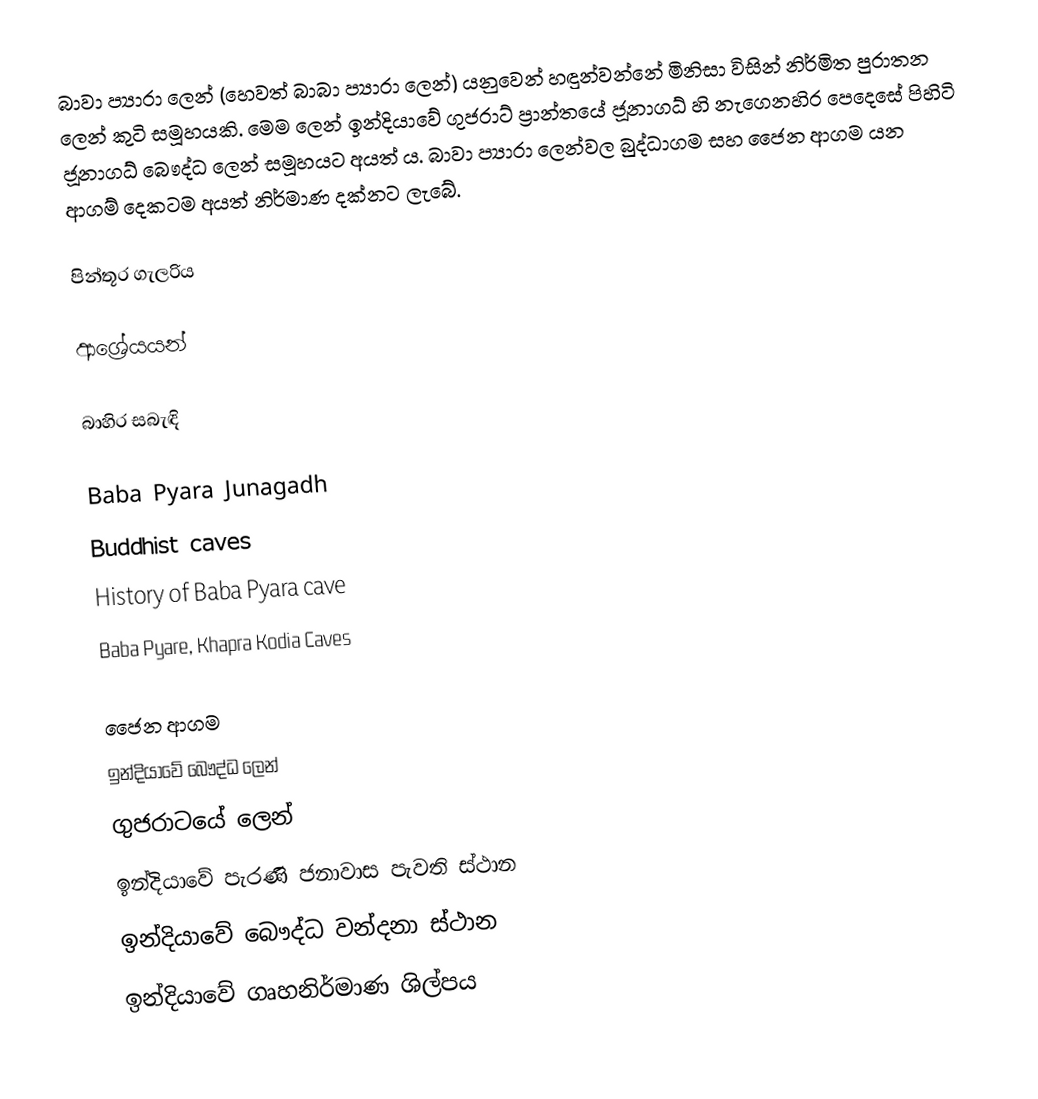
බාවා ප්‍යාරා ලෙන් (හෙවත් බාබා ප්‍යාරා ලෙන්) යනුවෙන් හඳුන්වන්නේ මිනිසා විසින් නිර්මිත පුරාතන ලෙන් කුටි සමූහයකි. මෙම ලෙන් ඉන්දියාවේ ගුජරාට් ප්‍රාන්තයේ ජූනාගධ් හි නැගෙනහිර පෙදෙසේ පිහිටි ජූනාගධ් බෞද්ධ ලෙන් සමූහයට අයත් ය. බාවා ප්‍යාරා ලෙන්වල බුද්ධාගම සහ ජෛන ආගම යන ආගම් දෙකටම අයත් නිර්මාණ දක්නට ලැබේ.

පින්තූර ගැලරිය

ආශ්‍රේයයන්

බාහිර සබැඳි

 Baba Pyara Junagadh
 Buddhist caves
 History of Baba Pyara cave
 Baba Pyare, Khapra Kodia Caves

ජෛන ආගම
ඉන්දියාවේ බෞද්ධ ලෙන්
ගුජරාටයේ ලෙන්
ඉන්දියාවේ පැරණි ජනාවාස පැවති ස්ථාන
ඉන්දියාවේ බෞද්ධ වන්දනා ස්ථාන
ඉන්දියාවේ ගෘහනිර්මාණ ශිල්පය